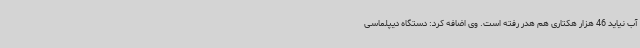
آب نیاید 46 هزار هکتاری هم هدر رفته است. وی اضافه کرد: دستگاه دیپلماسی